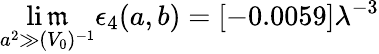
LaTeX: \operatorname*{li\mathfrak{m}}_{a^{2}\gg(V_{0})^{-1}}\epsilon_{4}(a,b)=[-0.0059]\lambda^{-3}